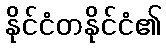
နိုင်ငံတနိုင်ငံ၏